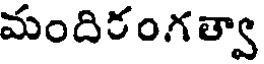
మందిరంగత్వా